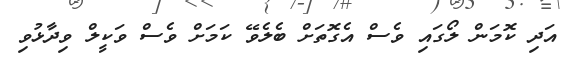
އަދި ކޮމަން ލޯގައި ވެސް އެގޮތަށް ބެލެވޭ ކަމަށް ވެސް ވަކީލް ވިދާޅުވި